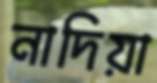
নাদিয়া